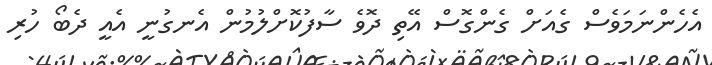
އެހެންނަމަވެސް ގެއަށް ގެންގޮސް އޭތި ދޮވެ ސާފުކޮށްލުމުން އެނގުނީ އެއީ ދެބޯ ހުރި